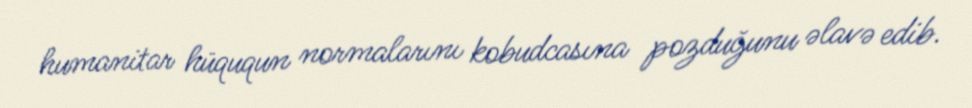
humanitar hüququn normalarını kobudcasına pozduğunu əlavə edib.